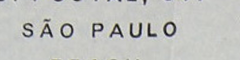
SÃO PAULO